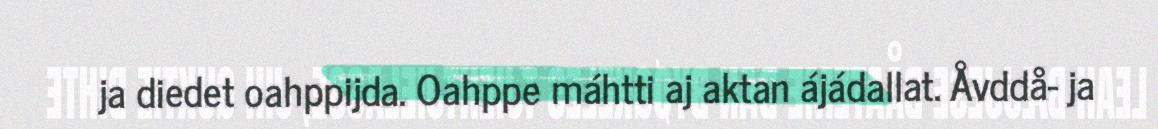
ja diedet oahppijda. Oahppe máhtti aj aktan ájádallat. Åvddå- ja